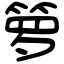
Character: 箩